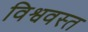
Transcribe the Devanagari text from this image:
विश्ववस्त